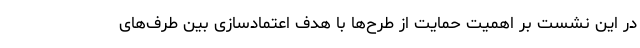
در این نشست بر اهمیت حمایت از طرح‌ها با هدف اعتمادسازی بین طرف‌های